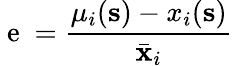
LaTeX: \mathrm{~e~}=\frac{\mu_{i}(\mathbf{s})-x_{i}(\mathbf{s})}{\bar{\mathbf{x}}_{i}}